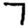
Digit: 7